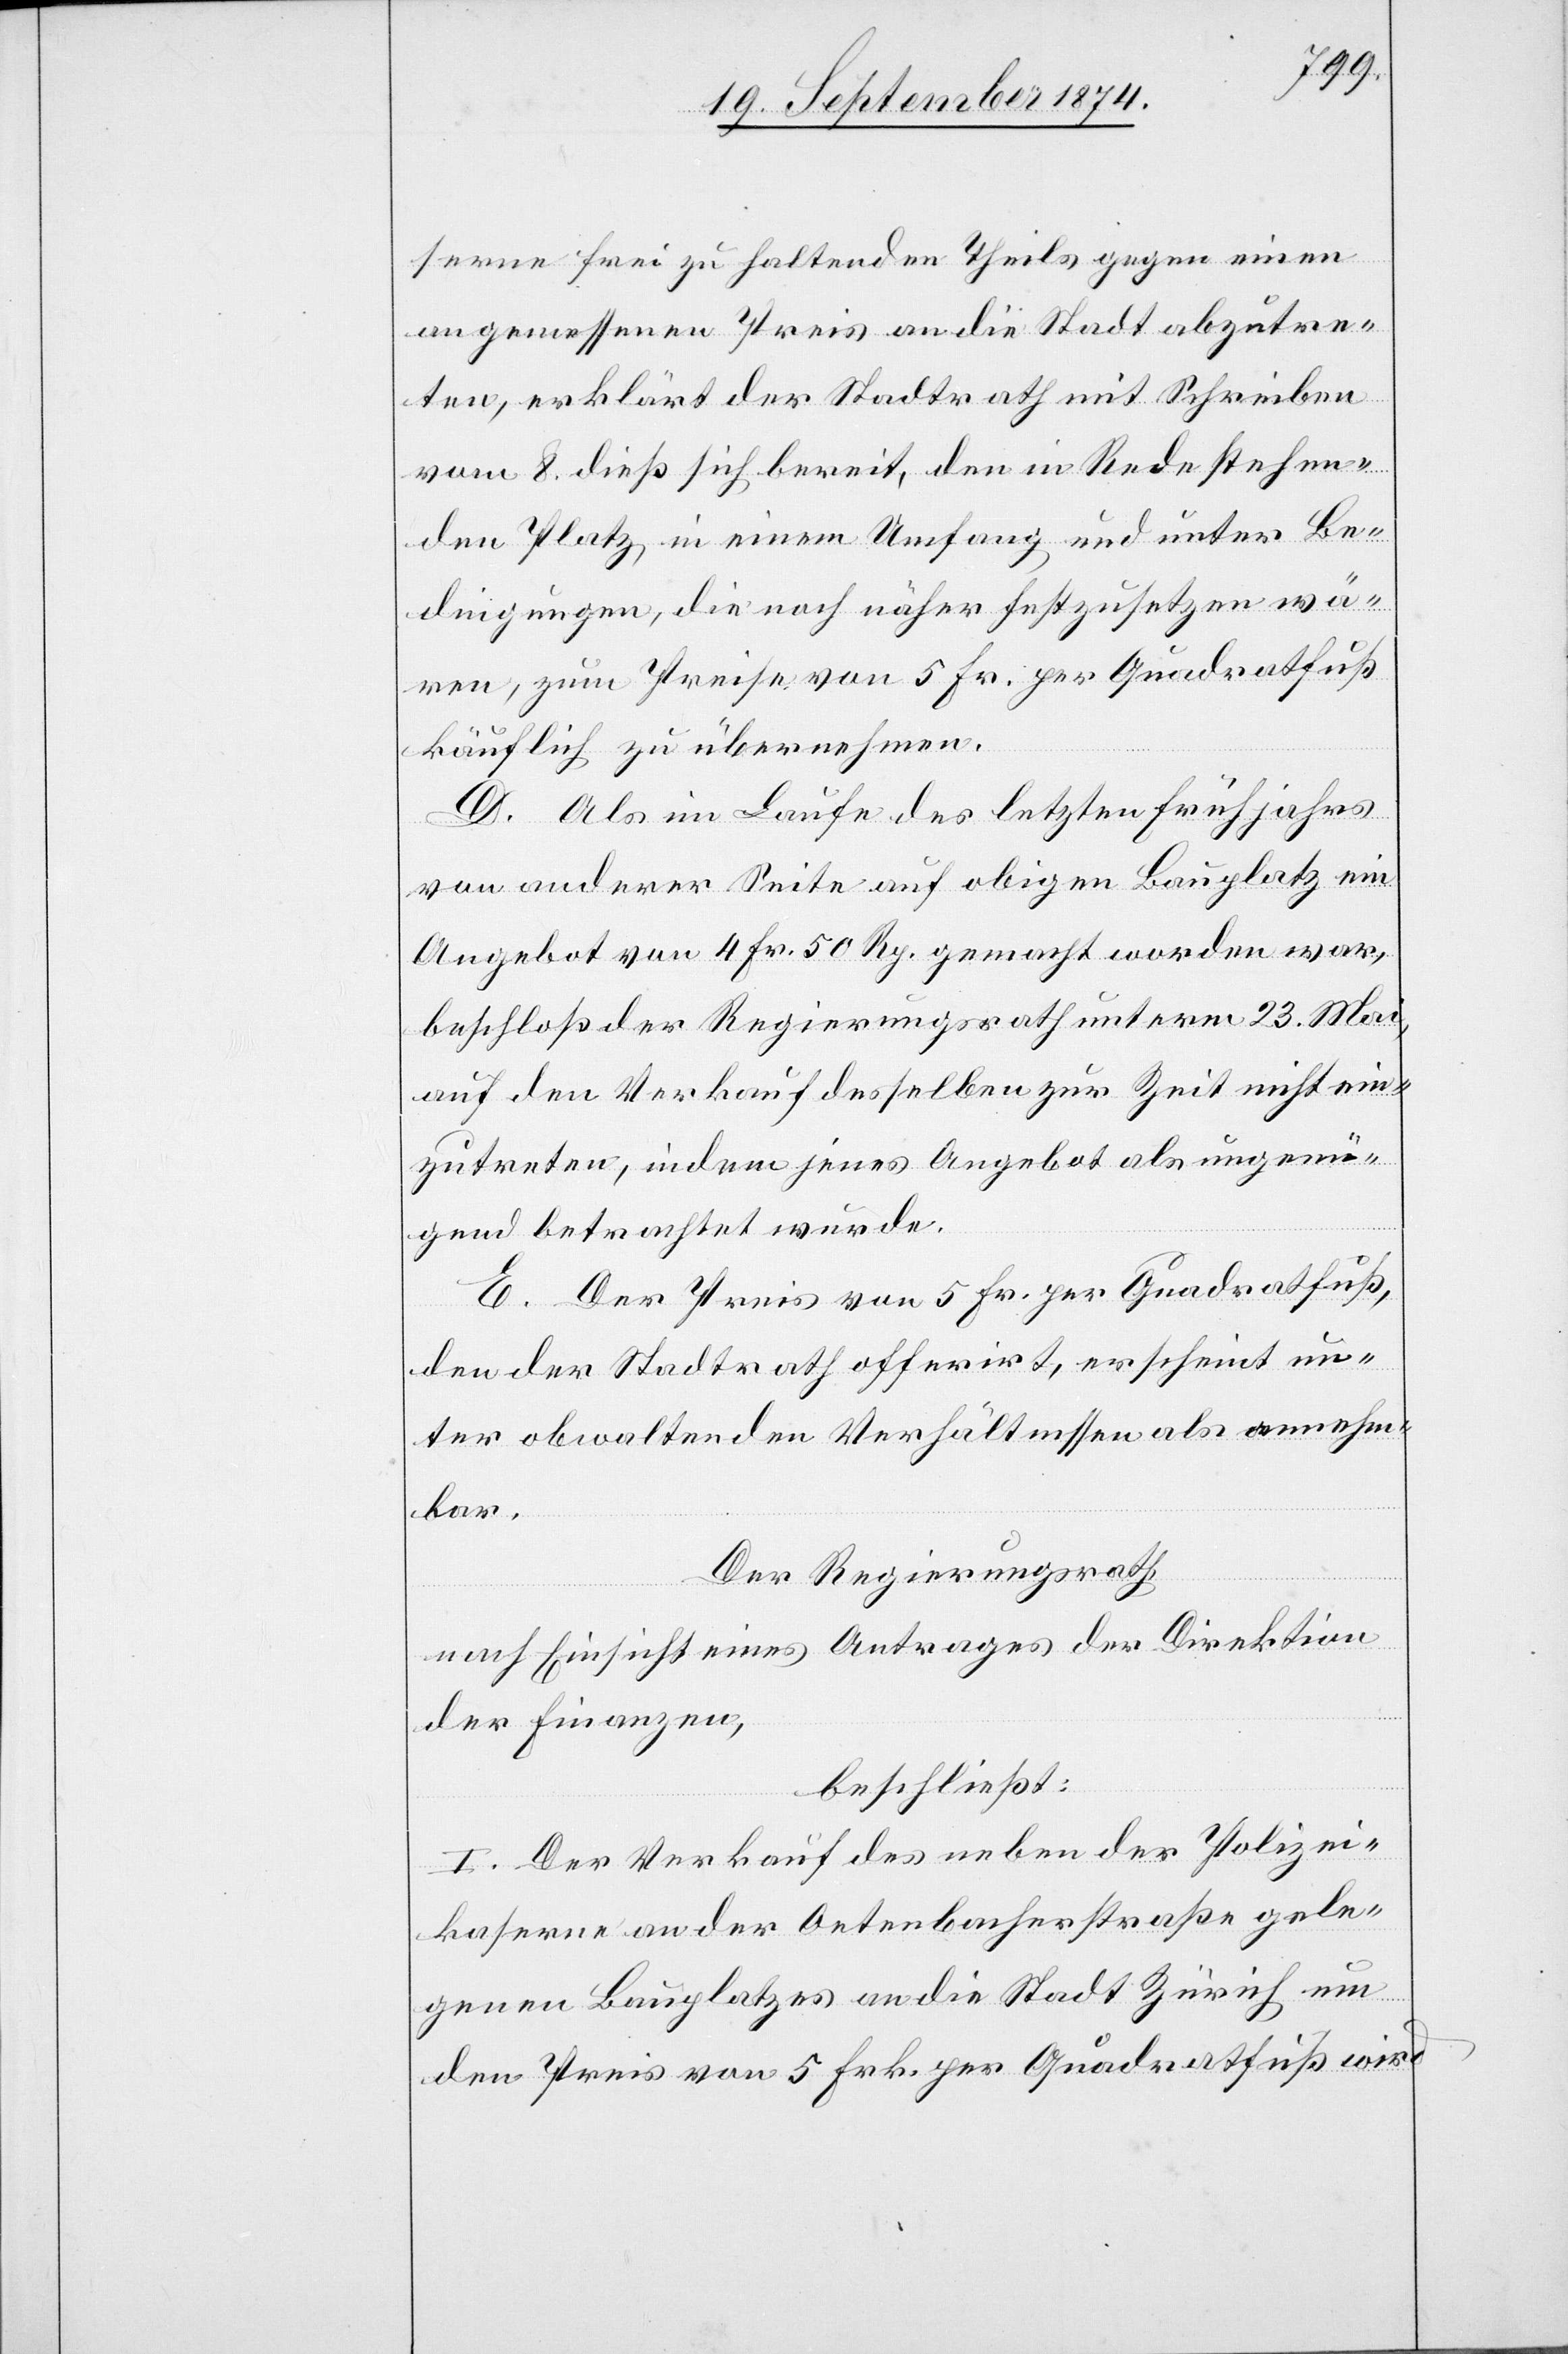
serne frei zu haltenden Theils gegen einen
angemessenen Preis an die Stadt abzutre¬
ten, erklärt der Stadtrath mit Schreiben
vom 8. dieß sich bereit, den in Rede stehen¬
den Platz in einem Umfang und unter Be¬
dingungen, die noch näher festzusetzen wä¬
ren, zum Preise von 5 Fr. per Quadratfuß
käuflich zu übernehmen.
D. Als im Laufe des letzten Frühjahres
von anderer Seite auf obigen Bauplatz ein
Angebot von 4 Fr. 50 Rp. gemacht worden war,
beschloß der Regierungsrath unterm 23. Mai,
auf den Verkauf desselben zur Zeit nicht ein¬
zutreten, indem jenes Angebot als ungenü¬
gend betrachtet wurde.
E. Der Preis von 5 Fr. per Quadratfuß,
den der Stadtrath offerirt, erscheint un¬
ter obwaltenden Verhältnissen als annehm¬
bar.
Der Regierungsrath,
nach Einsicht eines Antrages der Direktion
der Finanzen,
beschließt:
I. Der Verkauf des neben der Polizei¬
kaserne an der Oetenbacherstraße gele¬
genen Bauplatzes an die Stadt Zürich um
den Preis von 5 Fr. per Quadratfuß wird